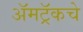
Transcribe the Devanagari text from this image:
ॲमट्रॅकचे